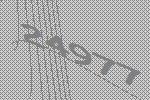
24977